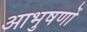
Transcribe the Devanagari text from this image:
आभुषणों